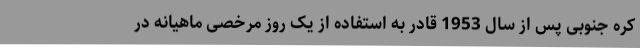
کره جنوبی پس از سال 1953 قادر به استفاده از یک روز مرخصی ماهیانه در